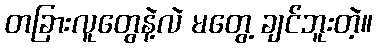
တခြားလူတွေနဲ့လဲ မတွေ့ ချင်ဘူးတဲ့။